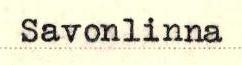
Savonlinna